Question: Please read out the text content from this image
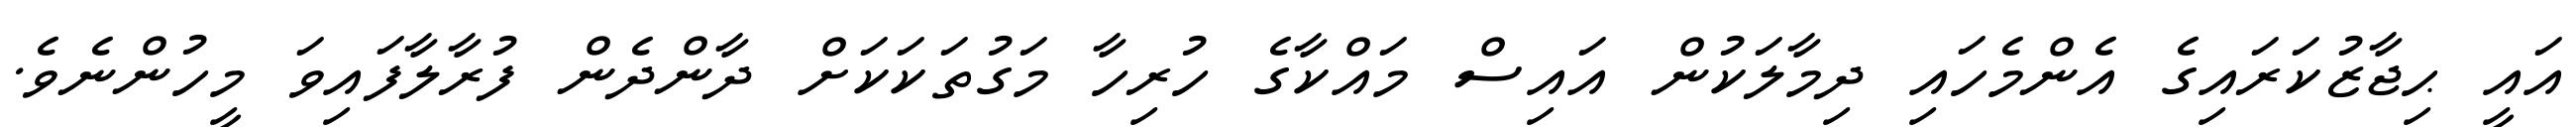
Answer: އައީ ޙިޖާޒުކަރައިގެ އެންމެހައި ދިމާލަކުން އައިސް މައްކާގެ ހުރިހާ މަގުތަކަކަށް ދާންދެން ފުރާލާފައިވަ މީހުންނެވެ.